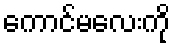
ကောင်မလေးကို